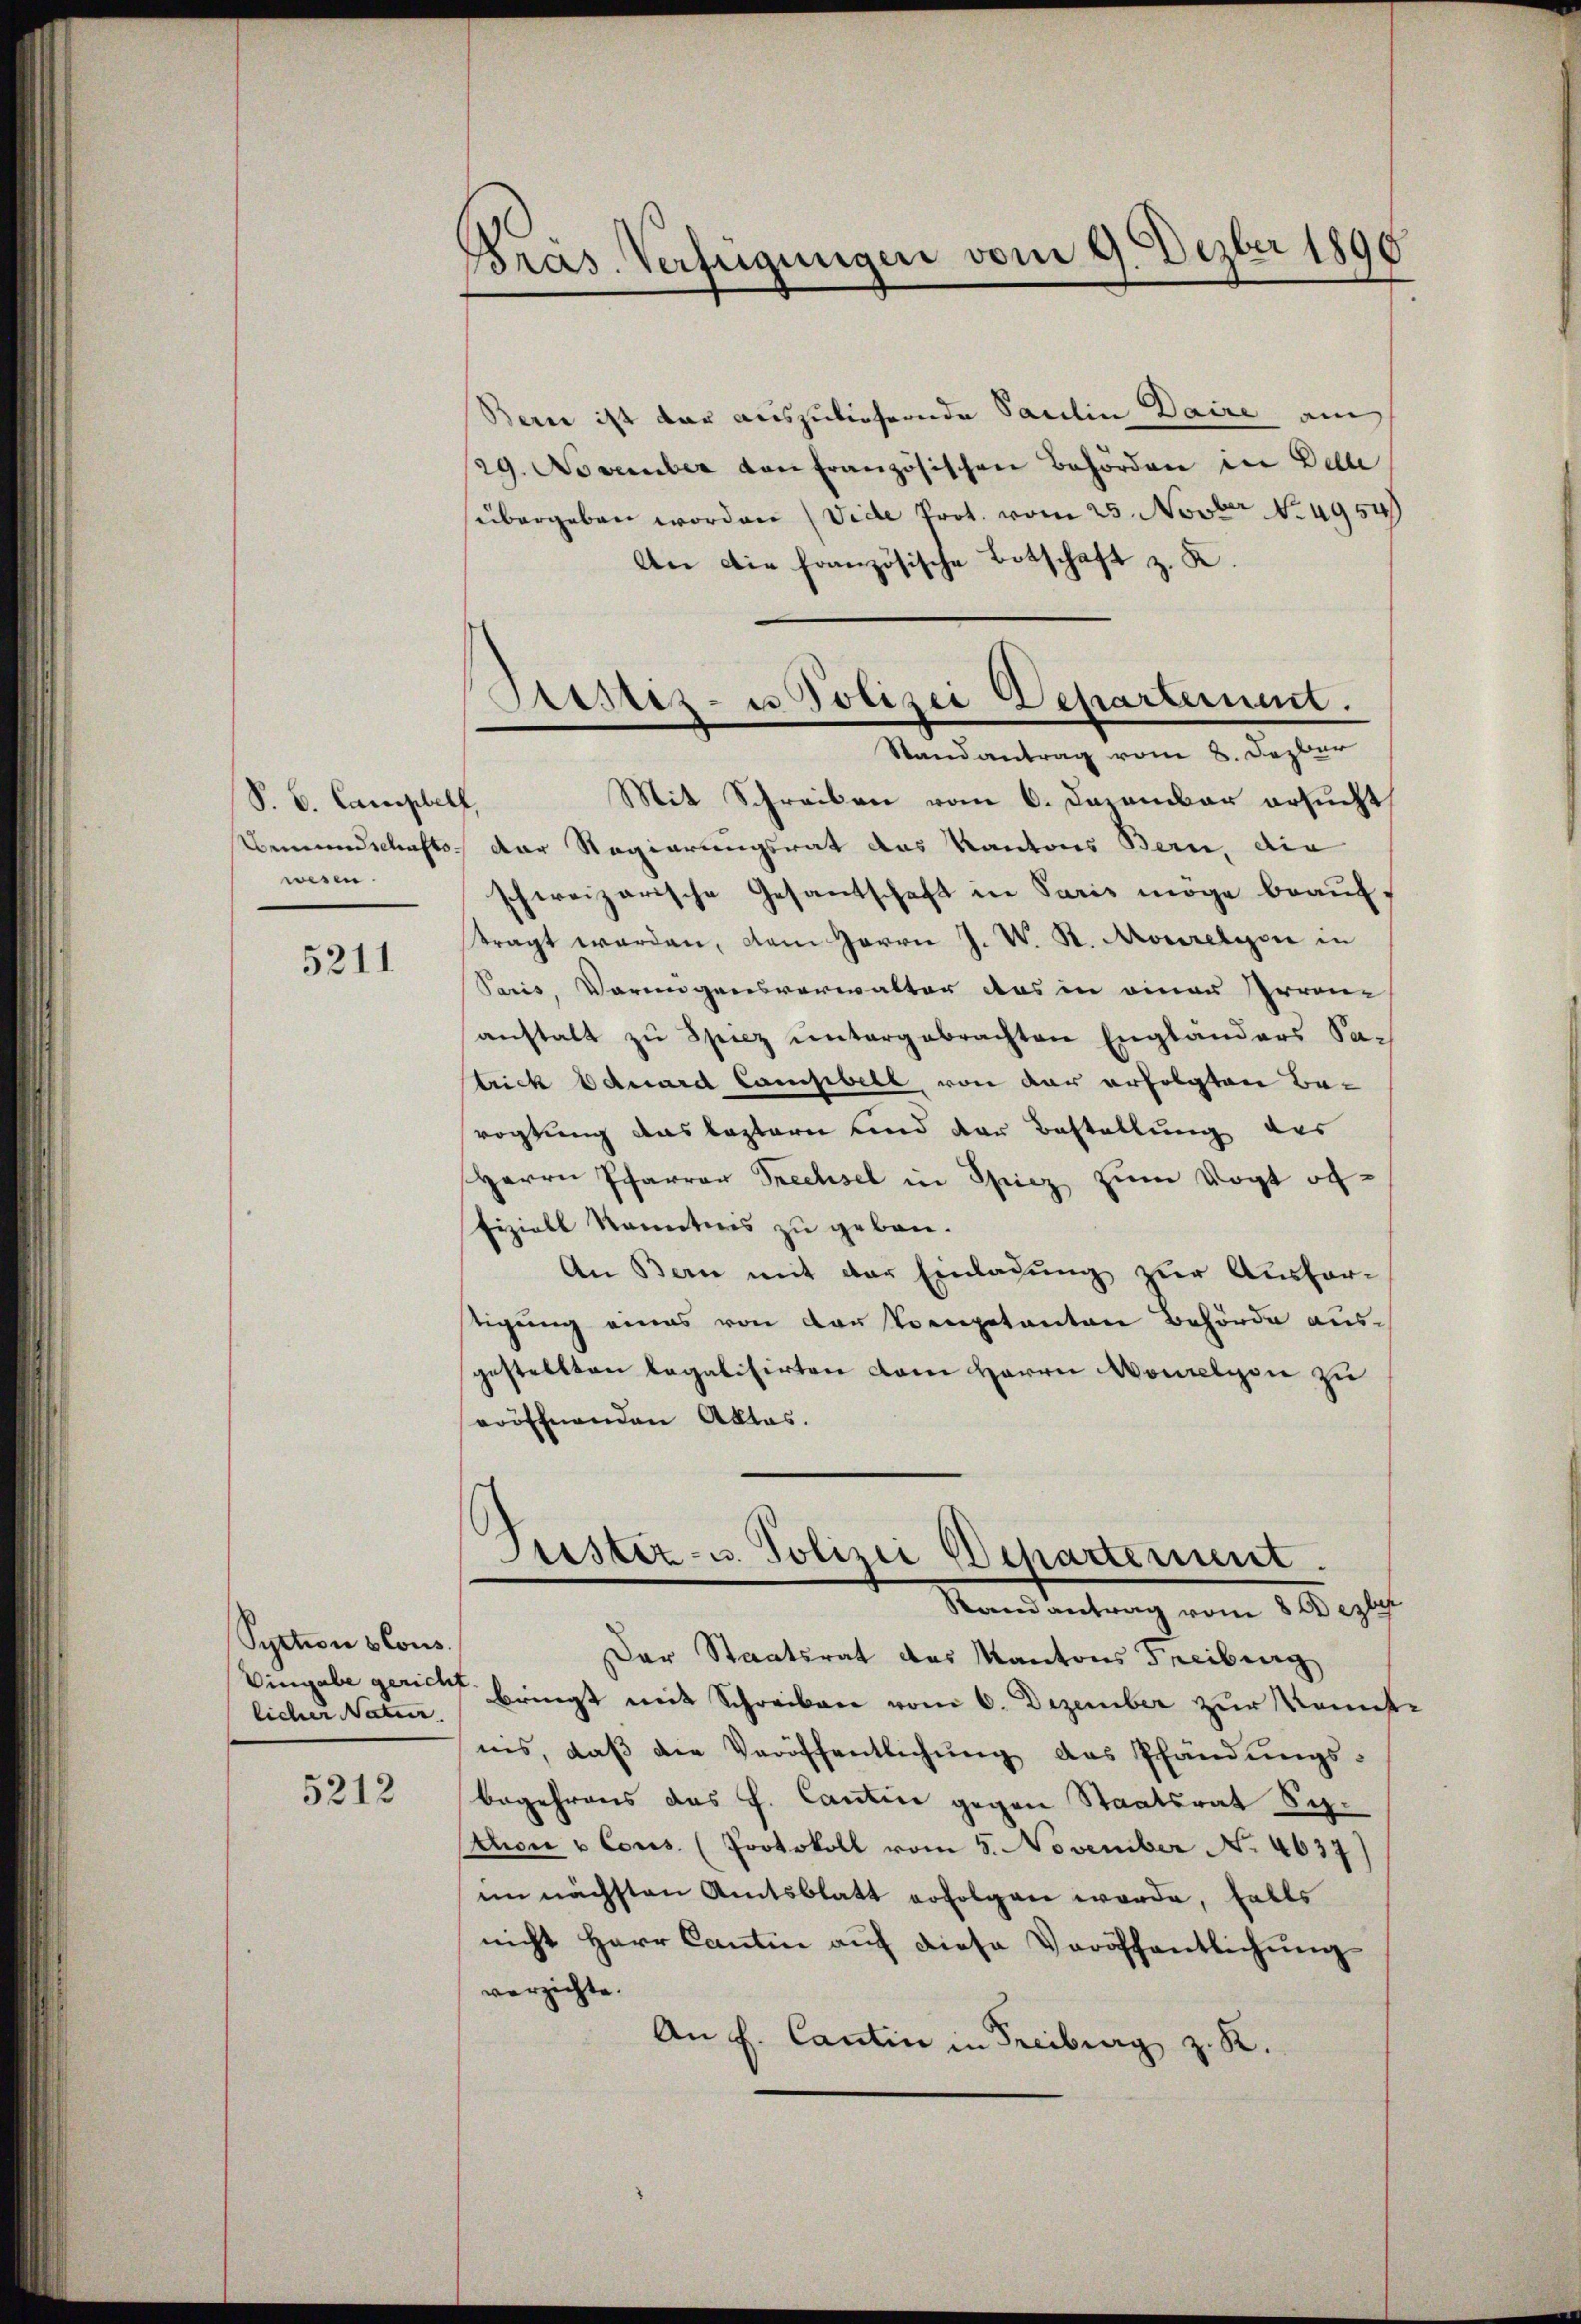
S. B. Campelf,
Bemundschaftswesen.

5211

Syction blous.
Vingabe gericht
licher Natur.

5212

Präs. Verfügungen vom 9. Dezber 1890

Bern ist dar auszuliefernde Paulin Daire am
29. November von französischen Behörden in Delle
übergeben worden (Vide Prot. vom 25. Novbr .4954
An die französische Botschaft z. K.
Mit Schreiben vom 6. December ersucht
der Regierungsrat das Kantons Bern, die
schweizerische Gesandschaft in Paris möge beauftragt werden, dem Herrn J. W. St. Morelysie in
Pais, Vermögensverwalter das in einen Heran-
anstalt zu Spiez untergebrachten Englanders Sa-
trick Eduard Campbell von der erfolgten Berogtung das leztern und der Bestellung des
Herrn Pfarrer Sechsel in Spiez zum Vogt offiziell kanntnis zu geben.
An Bern mit der Einladung zur Ausfertigung eines von der Pompetenten Behörde ausgestellten legalisirten dem Herrn Domelyon zu
eröffnenden Aktes.
Fiester- u. Polizei Departement.
Randantrag vom 800 erber
Der Staatsrat des Kantons Freiburg
bringt mit Schreiben vom 6. Dezember zur Mannste
nis, daß die Veröffentlichung des Pfändungsbegehrens des J. Cantin gegen Staatsrat Sy-
thon u Cons. (Protokoll vom 5. November No. 4637)
im nächsten Amtsblatt erfolgen werde, falls
nicht Herr Cantin auf diese Veröffentlichung
verzichte.
An f. Cantin in Freiburg z. R.

Sitstiz- u Polizei Departement.
Randantrag vom 8. Dezbur